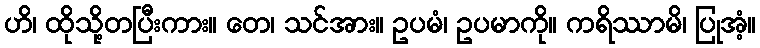
ဟိ၊ ထိုသို့တပြီးကား။ တေ၊ သင်အား။ ဥပမံ၊ ဥပမာကို။ ကရိဿာမိ၊ ပြုအံ့။